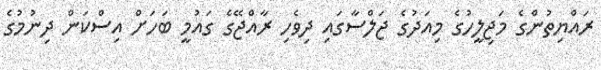
ރައްޔިތުންގެ މަޖިލީހުގެ މިއަދުގެ ޖަލްސާގައި ދިވެހި ރާއްޖޭގެ ގައުމީ ބަހަށް އިސްކަން ދިނުމުގެ